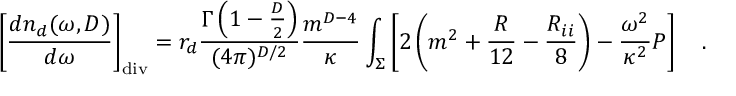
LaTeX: \left[ { \frac { d n _ { d } ( \omega , D ) } { d \omega } } \right] _ { \mathrm { d i v } } = r _ { d } { \frac { \Gamma \left( 1 - \frac D 2 \right) } { ( 4 \pi ) ^ { D / 2 } } } { \frac { m ^ { D - 4 } } { \kappa } } \int _ { \Sigma } \left[ 2 \left( m ^ { 2 } + { \frac { R } { 1 2 } } - { \frac { R _ { i i } } { 8 } } \right) - { \frac { \omega ^ { 2 } } { \kappa ^ { 2 } } } P \right] ~ ~ ~ .